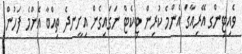
ވެއިޓިންގ އޭރިއާގަ އެންމެ ކުރިން ޓިކެޓް ނަގައިގެން އިށީނދެ ތިއްބާ އެންމެ ފަހުން